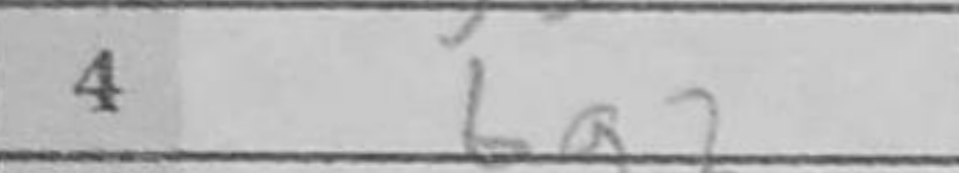
Transcription: Bg2